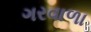
ગરવાળા